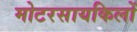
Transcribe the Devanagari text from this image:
मोटरसायकिलों